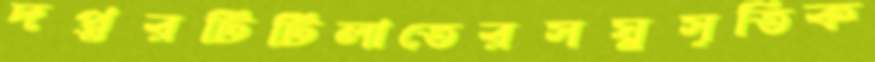
দপ্তরটিটিলাতেরসঘ্নসূতিক